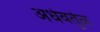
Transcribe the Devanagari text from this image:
अर्धवर्तुळ